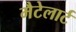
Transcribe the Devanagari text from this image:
मैटेलार्ट